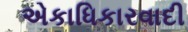
એકાધિકારવાદી